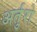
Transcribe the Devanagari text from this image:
अर्तुरो